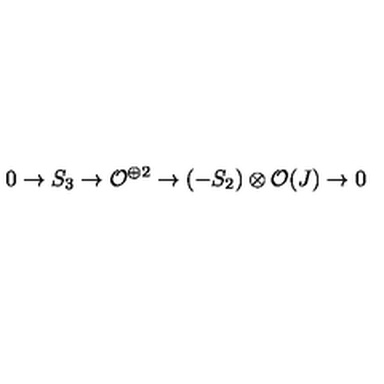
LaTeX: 0 \rightarrow S _ { 3 } \rightarrow { \cal O } ^ { \oplus 2 } \rightarrow ( - S _ { 2 } ) \otimes { \cal O } ( J ) \rightarrow 0